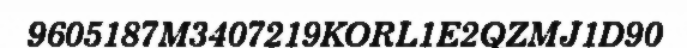
9605187M3407219KORL1E2QZMJ1D90